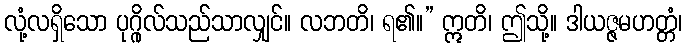
လုံ့လရှိသော ပုဂ္ဂိုလ်သည်သာလျှင်။ လဘတိ၊ ရ၏။” ဣတိ၊ ဤသို့။ ဒါယဇ္ဇမဟတ္တံ၊